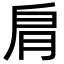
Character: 𦙪